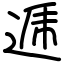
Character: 逓